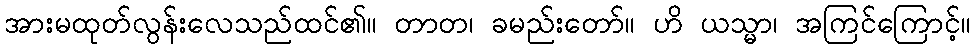
အားမထုတ်လွန်းလေသည်ထင်၏။ တာတ၊ ခမည်းတော်။ ဟိ ယသ္မာ၊ အကြင်ကြောင့်။